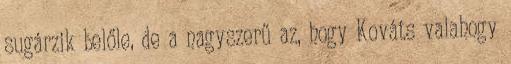
sugárzik belőle, de a nagyszerű az, hogy Kováts valahogy